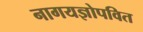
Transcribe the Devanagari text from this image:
नागयज्ञोपवित